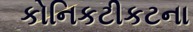
કોનિકટીકટના